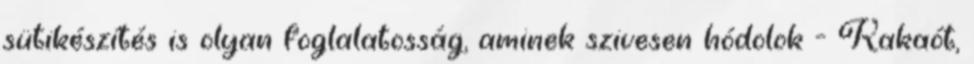
sütikészítés is olyan foglalatosság, aminek szivesen hódolok - Kakaót,